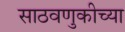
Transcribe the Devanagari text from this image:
साठवणुकीच्या